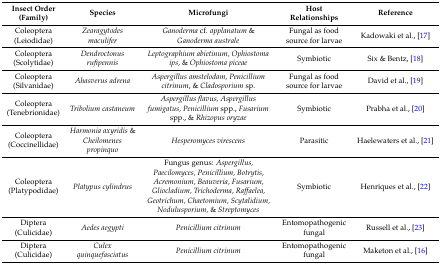
<table><thead><tr><td><b>Insect Order (Family)</b></td><td><b>Species</b></td><td><b>Microfungi</b></td><td><b>Host Relationships</b></td><td><b>Reference</b></td></tr></thead><tbody><tr><td>Coleoptera (Leiodidae)</td><td><i>Zearagytodes maculifer</i></td><td><i>Ganoderma</i> cf. <i>applanatum</i> &amp; <i>Ganoderma australe</i></td><td>Fungal as food source for larvae</td><td>Kadowaki et al., [17]</td></tr><tr><td>Coleoptera (Scolytidae)</td><td><i>Dendroctonus rufipennis</i></td><td><i>Leptographium abietinum, Ophiostoma ips,</i> &amp; <i>Ophiostoma piceae</i></td><td>Symbiotic</td><td>Six &amp; Bentz, [18]</td></tr><tr><td>Coleoptera (Silvanidae)</td><td><i>Ahasverus adrena</i></td><td><i>Aspergillus amstelodam, Penicillium citrinum</i>, &amp; <i>Cladosporium</i> sp.</td><td>Fungal as food source for larvae</td><td>David et al., [19]</td></tr><tr><td>Coleoptera (Tenebrionidae)</td><td><i>Tribolium castaneum</i></td><td><i>Aspergillus flavus, Aspergillus fumigatus, Penicillium</i> spp., <i>Fusarium</i> spp., &amp; <i>Rhizopus oryzae</i></td><td>Symbiotic</td><td>Prabha et al., [20]</td></tr><tr><td>Coleoptera (Coccinellidae)</td><td><i>Harmonia axyridis</i> &amp; <i>Cheilomenes propinquo</i></td><td><i>Hesperomyces virescens</i></td><td>Parasitic</td><td>Haelewaters et al., [21]</td></tr><tr><td>Coleoptera (Platypodidae)</td><td><i>Platypus cylindrus</i></td><td>Fungus genus: <i>Aspergillus, Paecilomyces, Penicillium, Botrytis, Acremonium, Beauveria, Fusarium, Gliocladium, Trichoderma, Raffaelea, Geotrichum, Chaetomium, Scytalidium, Nodulusporium,</i> &amp; <i>Streptomyces</i></td><td>Symbiotic</td><td>Henriques et al., [22]</td></tr><tr><td>Diptera (Culicidae)</td><td><i>Aedes aegypti</i></td><td><i>Penicillium citrinum</i></td><td>Entomopathogenic fungal</td><td>Russell et al., [23]</td></tr><tr><td>Diptera (Culicidae)</td><td><i>Culex quinquefasciatus</i></td><td><i>Penicillium citrinum</i></td><td>Entomopathogenic fungal</td><td>Maketon et al., [16]</td></tr></tbody></table>